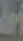
الحد